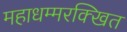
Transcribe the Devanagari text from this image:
महाधम्मरक्खित